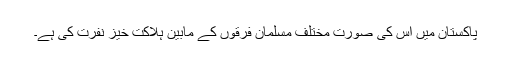
پاکستان میں اس کی صورت مختلف مسلمان فرقوں کے مابین ہلاکت خیز نفرت کی ہے۔